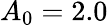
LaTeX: A_{0}=2.0